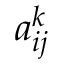
a _ { i j } ^ { k }